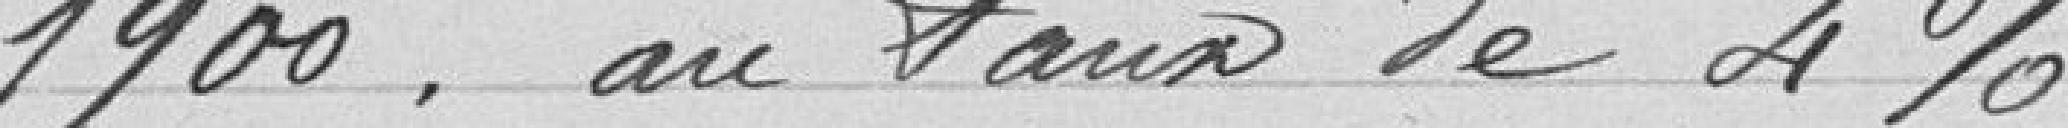
1900, au taux de 4%.